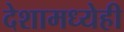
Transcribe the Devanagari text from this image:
देशामध्येही